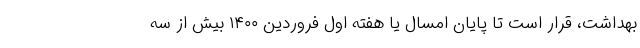
بهداشت، قرار است تا پایان امسال یا هفته اول فروردین ۱۴۰۰ بیش از سه